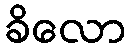
ခိလော